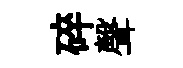
碎聲